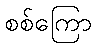
စစ်ကြော